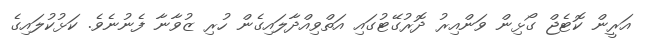
އަރީން ކޮޓެޖް ގޯޅިން ވަންއިރު ދޮރުގޭޓުގައި އަތްވިއްދާލައިގެން ހުރި ޒުވާނާ ފެނުނެވެ. ކަޅުކުލައިގެ